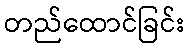
တည်ထောင်ခြင်း